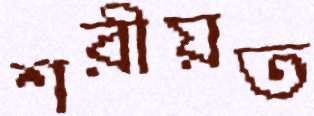
শরীয়ত